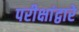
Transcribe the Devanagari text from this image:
परीक्षांद्वारे